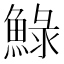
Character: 䱚